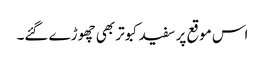
اس موقع پر سفید کبوتر بھی چھوڑے گئے۔